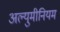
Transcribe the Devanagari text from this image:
अल्युमीनियम